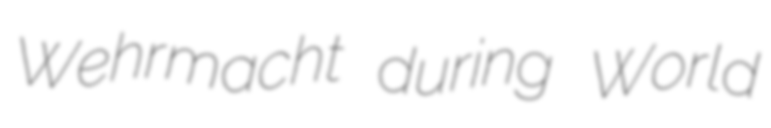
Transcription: Wehrmacht during World